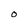
Character: O